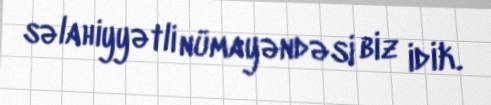
səlahiyyətli nümayəndəsi biz idik.